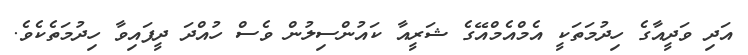
އަދި ވަދީއާގެ ހިދުމަތަކީ އެމްއެމްއޭގެ ޝަރީއާ ކައުންސިލުން ވެސް ހުއްދަ ދީފައިވާ ހިދުމަތެކެވެ.